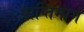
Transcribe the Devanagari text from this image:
प्राप्तिमार्ग